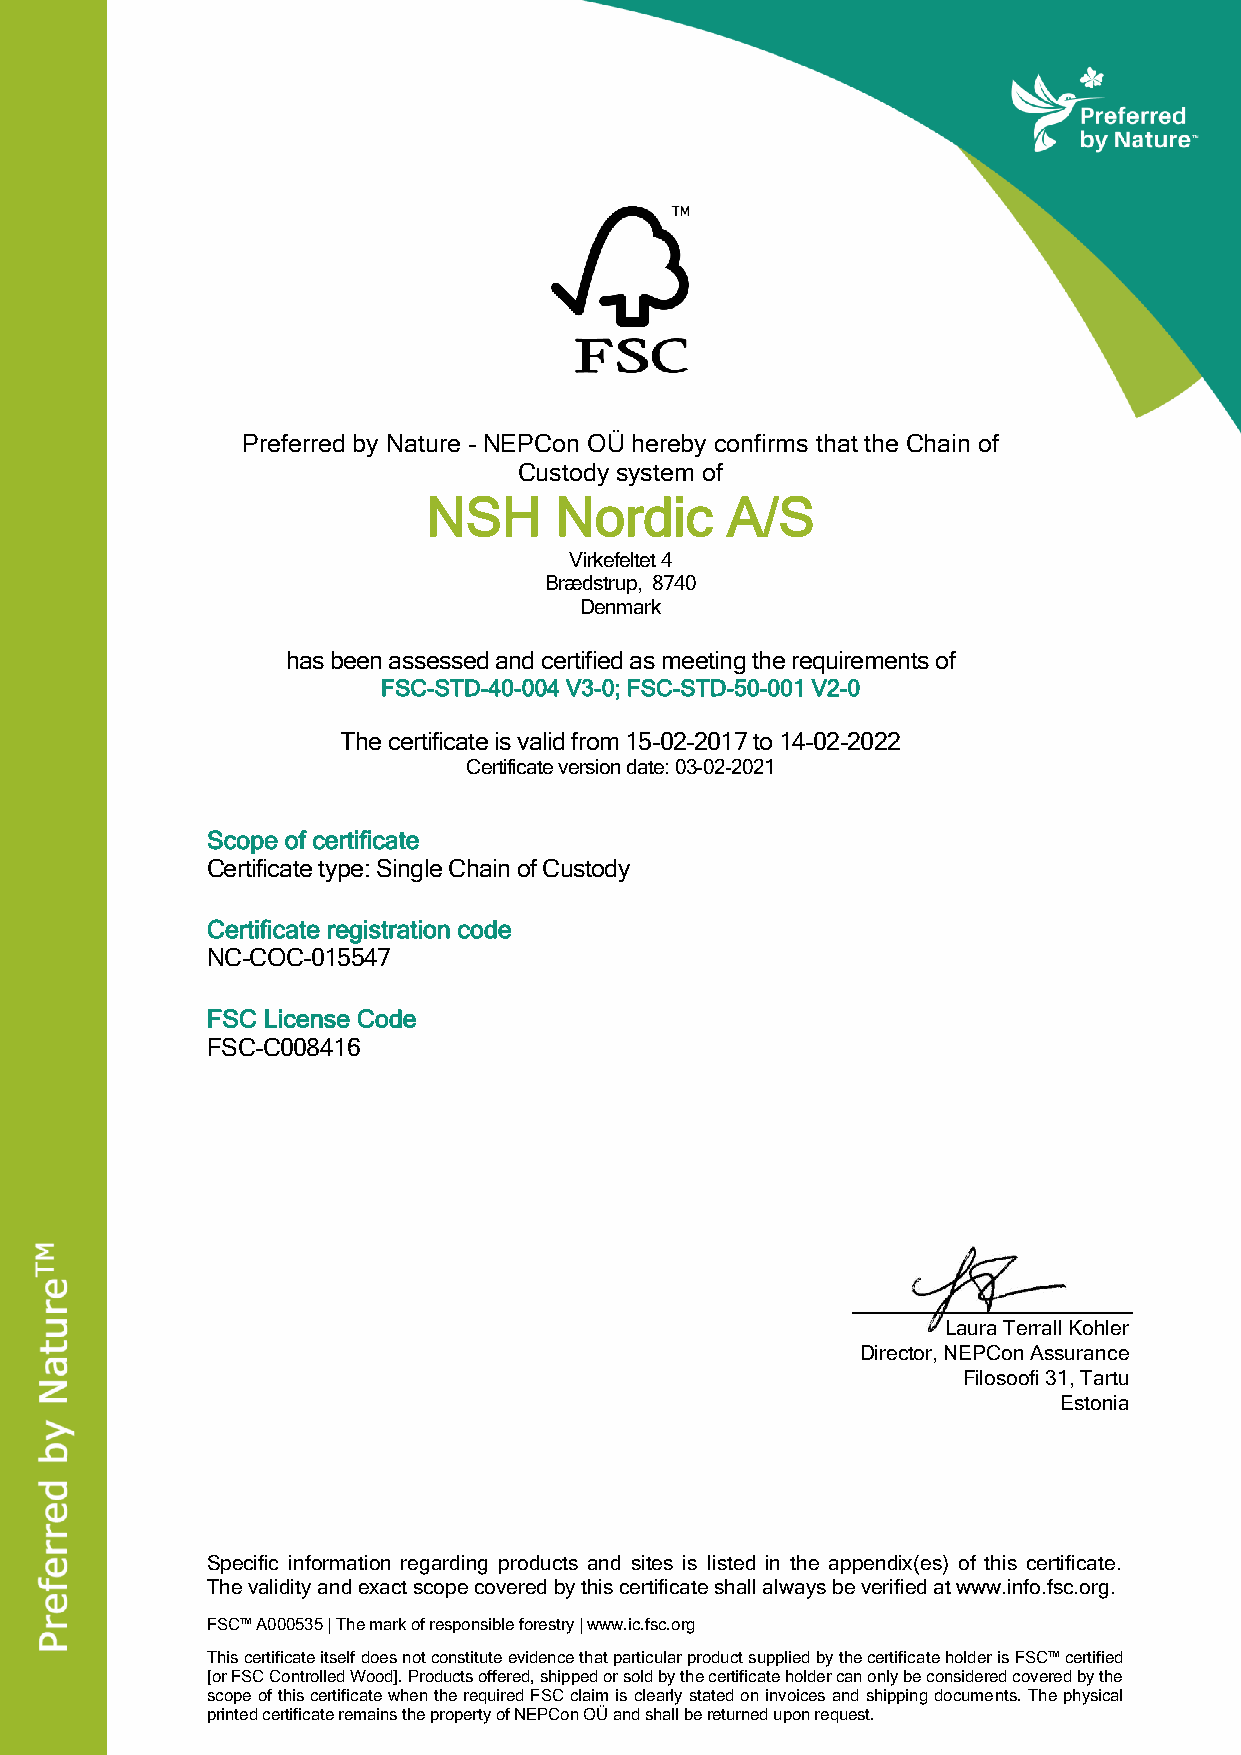
Preferred by Nature - NEPCon OÜ hereby confirms that the Chain of
 Custody system of
 NSH      Nordic     A/S
 Virkefeltet 4
 Brædstrup, 8740
 Denmark
 has been assessed and certified as meeting the requirements of
 FSC-STD-40-004 V3-0; FSC-STD-50-001 V2-0
 The certificate is valid from 15-02-2017 to 14-02-2022
 Certificate version date: 03-02-2021
 Scope of certificate
 Certificate type: Single Chain of Custody
 Certificate registration code
 NC-COC-015547
 FSC License Code
 FSC-C008416
 Laura Terrall Kohler
 Director, NEPCon Assurance
 Filosoofi 31, Tartu
 Estonia
 Specific information regarding products and sites is listed in the appendix(es) of this certificate.
 The validity and exact scope covered by this certificate shall always be verified at www.info.fsc.org.
 FSC™ A000535 | The mark of responsible forestry | www.ic.fsc.org
 This certificate itself does not constitute evidence that particular product supplied by the certificate holder is FSC™ certified
 [or FSC Controlled Wood]. Products offered, shipped or sold by the certificate holder can only be considered covered by the
 scope of this certificate when the required FSC claim is clearly stated on invoices and shipping documents. The physical
 printed certificate remains the property of NEPCon OÜ and shall be returned upon request.